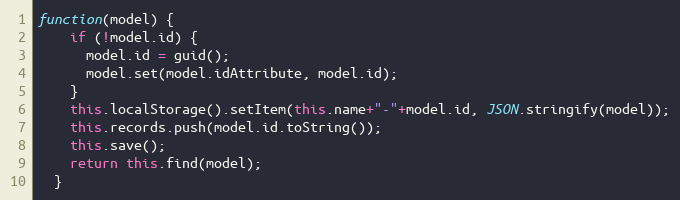
Language: JavaScript
function(model) {
    if (!model.id) {
      model.id = guid();
      model.set(model.idAttribute, model.id);
    }
    this.localStorage().setItem(this.name+"-"+model.id, JSON.stringify(model));
    this.records.push(model.id.toString());
    this.save();
    return this.find(model);
  }